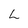
Character: L